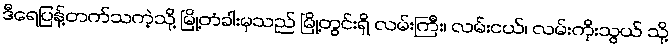
ဒီရေပြန့်တက်သကဲ့သို့ မြို့တံခါးမှသည် မြို့တွင်းရှိ လမ်းကြီး၊ လမ်းငယ်၊ လမ်းကိုးသွယ် သို့